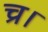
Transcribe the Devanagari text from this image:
च्र।